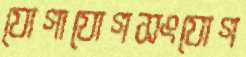
যোগাযোগসংযোগ